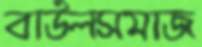
বাউলসমাজ